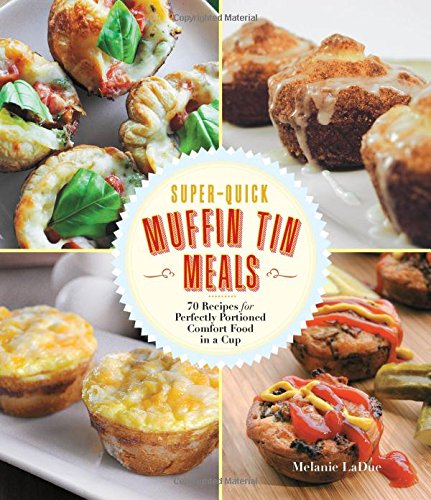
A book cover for Super-Quick Muffin Tin Meals: 70 Recipes for Perfectly Portioned Comfort Food in a Cup; Melanie LaDue; Cookbooks, Food & Wine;